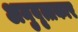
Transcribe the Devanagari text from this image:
अनुवृत्तकार